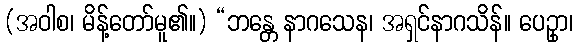
(အဝါစ၊ မိန့်တော်မူ၏။) “ဘန္တေ နာဂသေန၊ အရှင်နာဂသိန်။ ပေဥှာ၊